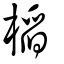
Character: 槄